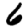
Digit: 6